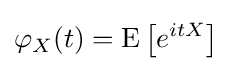
\varphi _{X}(t)=\operatorname {E} \left[e^{itX}\right]